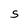
Character: S